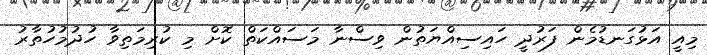
މިއީ އަޅުގަނޑުމެން ފަރުދީ ހައިސިއްޔަތުން ވިސްނާ މަސައްކަތް ކޮށް މި ކުރިމަތިވާ ހުދުމުހުތާރު